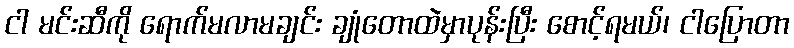
ငါ မင်းဆီကို ရောက်မလာမချင်း ချုံတောထဲမှာပုန်းပြီး စောင့်ရမယ်၊ ငါပြောတာ